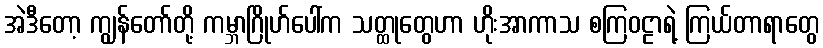
အဲဒီတော့ ကျွန်တော်တို့ ကမ္ဘာဂြိုဟ်ပေါ်က သတ္ထုတွေဟာ ဟိုးအာကာသ စကြဝဠာရဲ့ ကြယ်တာရာတွေ